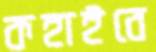
কহাইবে